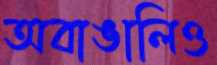
অবাঙালিও